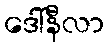
ဒေါ်နီလာ